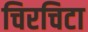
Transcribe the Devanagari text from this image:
चिरचिटा